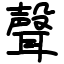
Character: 聲